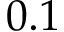
0 . 1